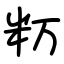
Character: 𥸯